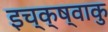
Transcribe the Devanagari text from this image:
इच्क्ष्वाकु